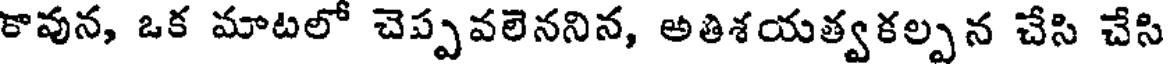
కావున, ఒక మాటలో చెప్పవలెననిన, అతిశయత్వకల్పన చేసి చేసి